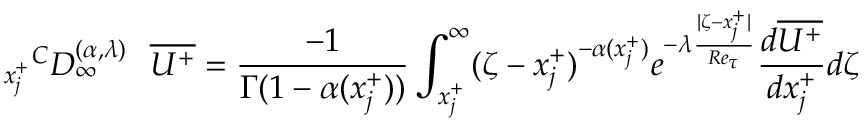
{ _ { x _ { j } ^ { + } } } ^ { C } D _ { \infty } ^ { ( \alpha , { \lambda } ) } ~ ~ \overline { { U ^ { + } } } = \frac { - 1 } { \Gamma ( 1 - \alpha ( x _ { j } ^ { + } ) ) } \int _ { x _ { j } ^ { + } } ^ { \infty } ( \zeta - x _ { j } ^ { + } ) ^ { - \alpha ( x _ { j } ^ { + } ) } { e ^ { - \lambda \frac { | \zeta - x _ { j } ^ { + } | } { R e _ { \tau } } } } \frac { d \overline { { U ^ { + } } } } { d x _ { j } ^ { + } } d \zeta